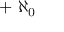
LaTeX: \; \; + \; \aleph _ { 0 }